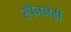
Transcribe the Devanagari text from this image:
स्पेननेही